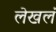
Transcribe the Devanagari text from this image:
लेखलं